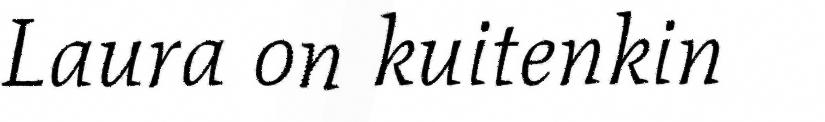
Laura on kuitenkin